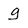
Character: g